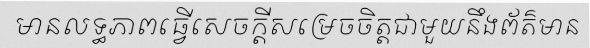
មានលទ្ធភាពធ្វើសេចក្តីសម្រេចចិត្តជាមួយនឹងព័ត៌មាន